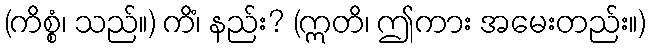
(ကိစ္စံ၊ သည်။) ကိံ၊ နည်း? (ဣတိ၊ ဤကား အမေးတည်း။)